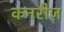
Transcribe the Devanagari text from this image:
कनरीज़